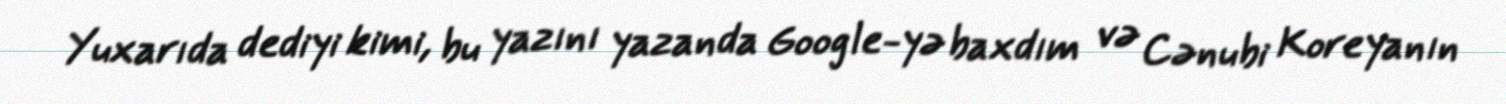
Yuxarıda dediyi kimi, bu yazını yazanda Google-yə baxdım və Cənubi Koreyanın